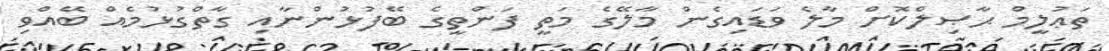
ތަޢުލީމް ޙާޞިލްކޮށް މާލެ ވަޑައިގެން މާލޭގެ މަތީ ފަންތީގެ ބޭފުޅުންނާއި ގާތްގުޅުމެއް ބޭއްވި